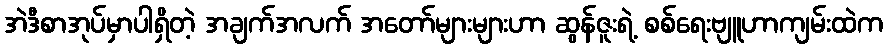
အဲဒီစာအုပ်မှာပါရှိတဲ့ အချက်အလက် အတော်များများဟာ ဆွန်ဇူးရဲ့ စစ်ရေးဗျူဟာကျမ်းထဲက